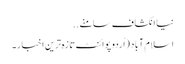
نیا انکشاف سامنے ..
اسلام آباد (اُردو پوائنٹ تازہ ترین اخبار۔